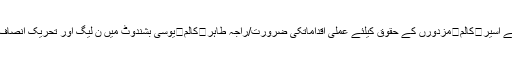
/رومانہ جہانگیر کالم	ایمان ،اتحاد ،تنظیم/میاں بابر صغیر	کالم	انا کے اسیر	کالم	مزدورں کے حقوق کیلئے عملی اقداماتکی ضرورت/راجہ طاہر	کالم	یوسی بشندوٹ میں ن لیگ اور تحریک انصاف آمنے سامنے / چوہدری محمد اشفاق	کالم	ڈاکٹر عاصم کی گرفتاری!